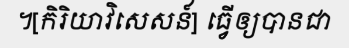
។[កិរិយាវិសេសន៍] ធ្វើឲ្យបានជា